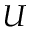
U